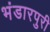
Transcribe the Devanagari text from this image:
भंडारपुरी